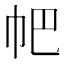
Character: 帊